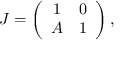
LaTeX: J = \left( \begin{array} { c c } { { 1 } } & { { 0 } } \\ { { A } } & { { 1 } } \end{array} \right) ,